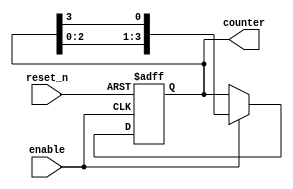
module async_ring_counter #(parameter N = 4) (
    input wire reset_n,          // Active low asynchronous reset
    input wire enable,           // Enable signal to trigger state transition
    output reg [N-1:0] counter   // Output counter
);

// Internal signal for next state
reg [N-1:0] next_state;

always @(*) begin
    // Default next state is the current state
    next_state = counter;

    // On enable, shift the '1' around the ring
    if (enable) begin
        // Shift the '1' to the left, wrap around
        next_state = {counter[N-2:0], counter[N-1]};
    end
end

// Asynchronous reset and state transition logic
always @(posedge enable or negedge reset_n) begin
    if (!reset_n) begin
        // Asynchronous reset to initial state
        counter <= 1'b1; // Set to '0001' for 4-bit counter
    end else begin
        // Update the counter to the next state
        counter <= next_state; 
    end
end

initial begin
    // Initialize counter to the first state
    counter = 1'b1; // Starting with '0001'
end

endmodule